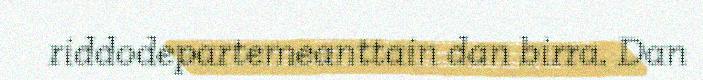
riddodepartemeanttain dan birra. Dan